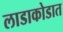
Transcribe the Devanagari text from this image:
लाडाकोडात